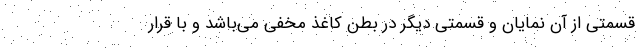
قسمتی از آن نمایان و قسمتی دیگر در بطن کاغذ مخفی می‌باشد و با قرار